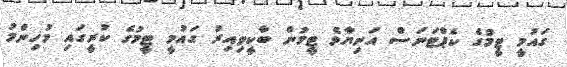
ގައުމީ ޓީމުގެ ކެޕްޓަނަސް އަނިޔާވެ ޓީމުން ބާކީވިއިރު ގައުމީ ޓީމުގެ ކުރީގައި މުހިންމު